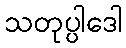
သတုပ္ပါဒေါ